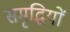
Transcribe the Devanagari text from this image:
समृद्धियों